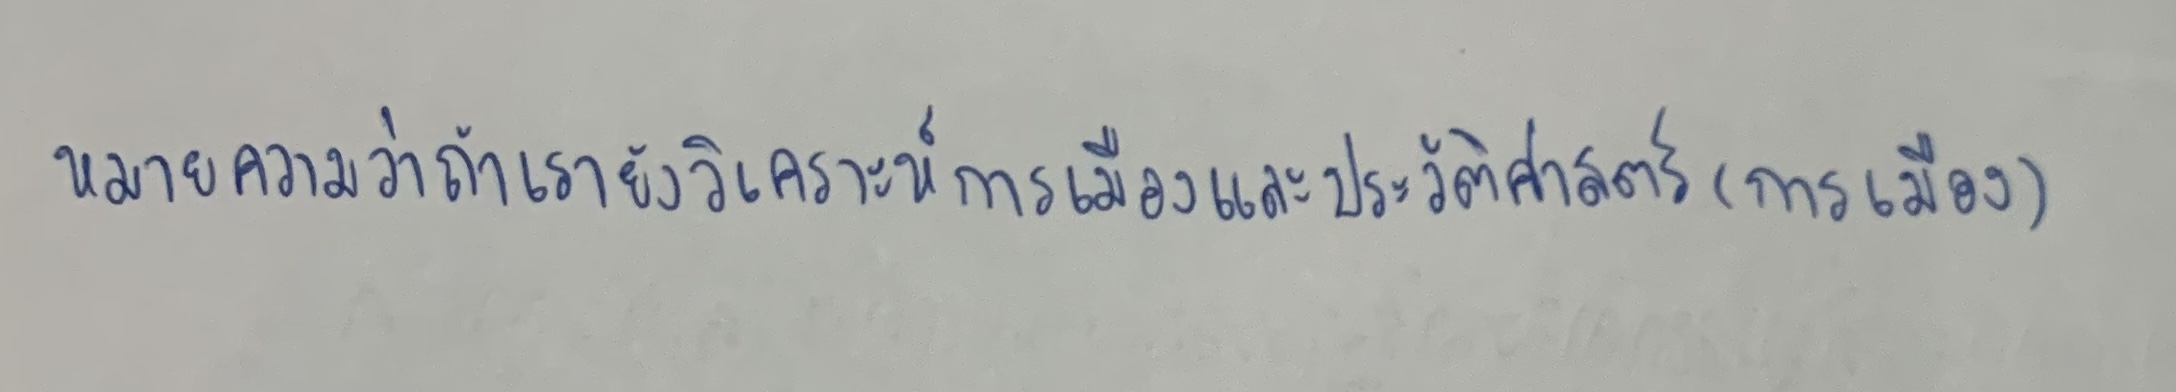
หมายความว่าถ้าเรายังวิเคราะห์การเมืองและประวัติศาสตร์(การเมือง)